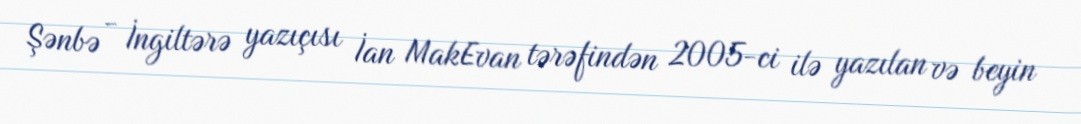
Şənbə - İngiltərə yazıçısı İan MakEvan tərəfindən 2005-ci ilə yazılan və beyin